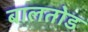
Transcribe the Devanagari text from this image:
बालतोड